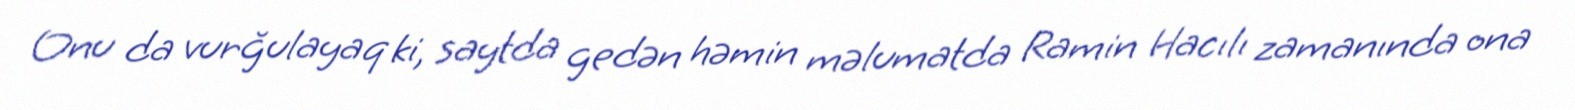
Onu da vurğulayaq ki, saytda gedən həmin məlumatda Ramin Hacılı zamanında ona